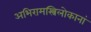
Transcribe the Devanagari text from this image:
अभिरामस्त्रिलोकानां